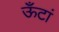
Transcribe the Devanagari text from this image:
ऊँटां